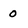
Character: 0